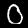
Digit: 0